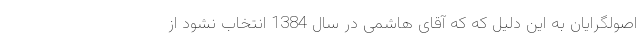
اصولگرایان به این دلیل که که آقای هاشمی در سال 1384 انتخاب نشود از